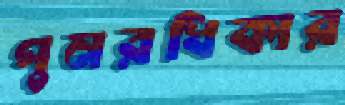
পুনরধিকার